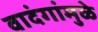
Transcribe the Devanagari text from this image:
वादंगांमुळे